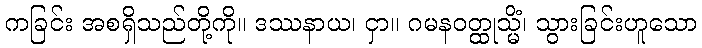
ကခြင်း အစရှိသည်တို့ကို။ ဒဿနာယ၊ ငှာ။ ဂမနဝတ္ထုသ္မိံ၊ သွားခြင်းဟူသော